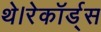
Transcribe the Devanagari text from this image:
थे।रेकॉर्ड्स